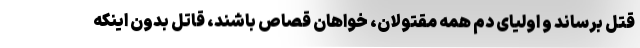
قتل برساند و اولیای دم همه مقتولان، خواهان قصاص باشند، قاتل بدون اینکه